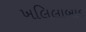
ખલિલાબાદ